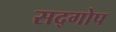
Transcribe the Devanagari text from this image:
सद्गोप